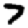
Digit: 7